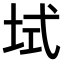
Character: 𫭫